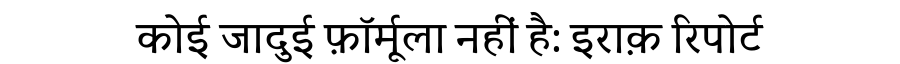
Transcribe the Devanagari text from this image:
कोई जादुई फ़ॉर्मूला नहीं है: इराक़ रिपोर्ट